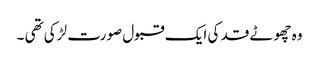
وہ چھوٹے قد کی ایک قبول صورت لڑکی تھی ۔